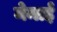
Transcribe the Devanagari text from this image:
मेमाई